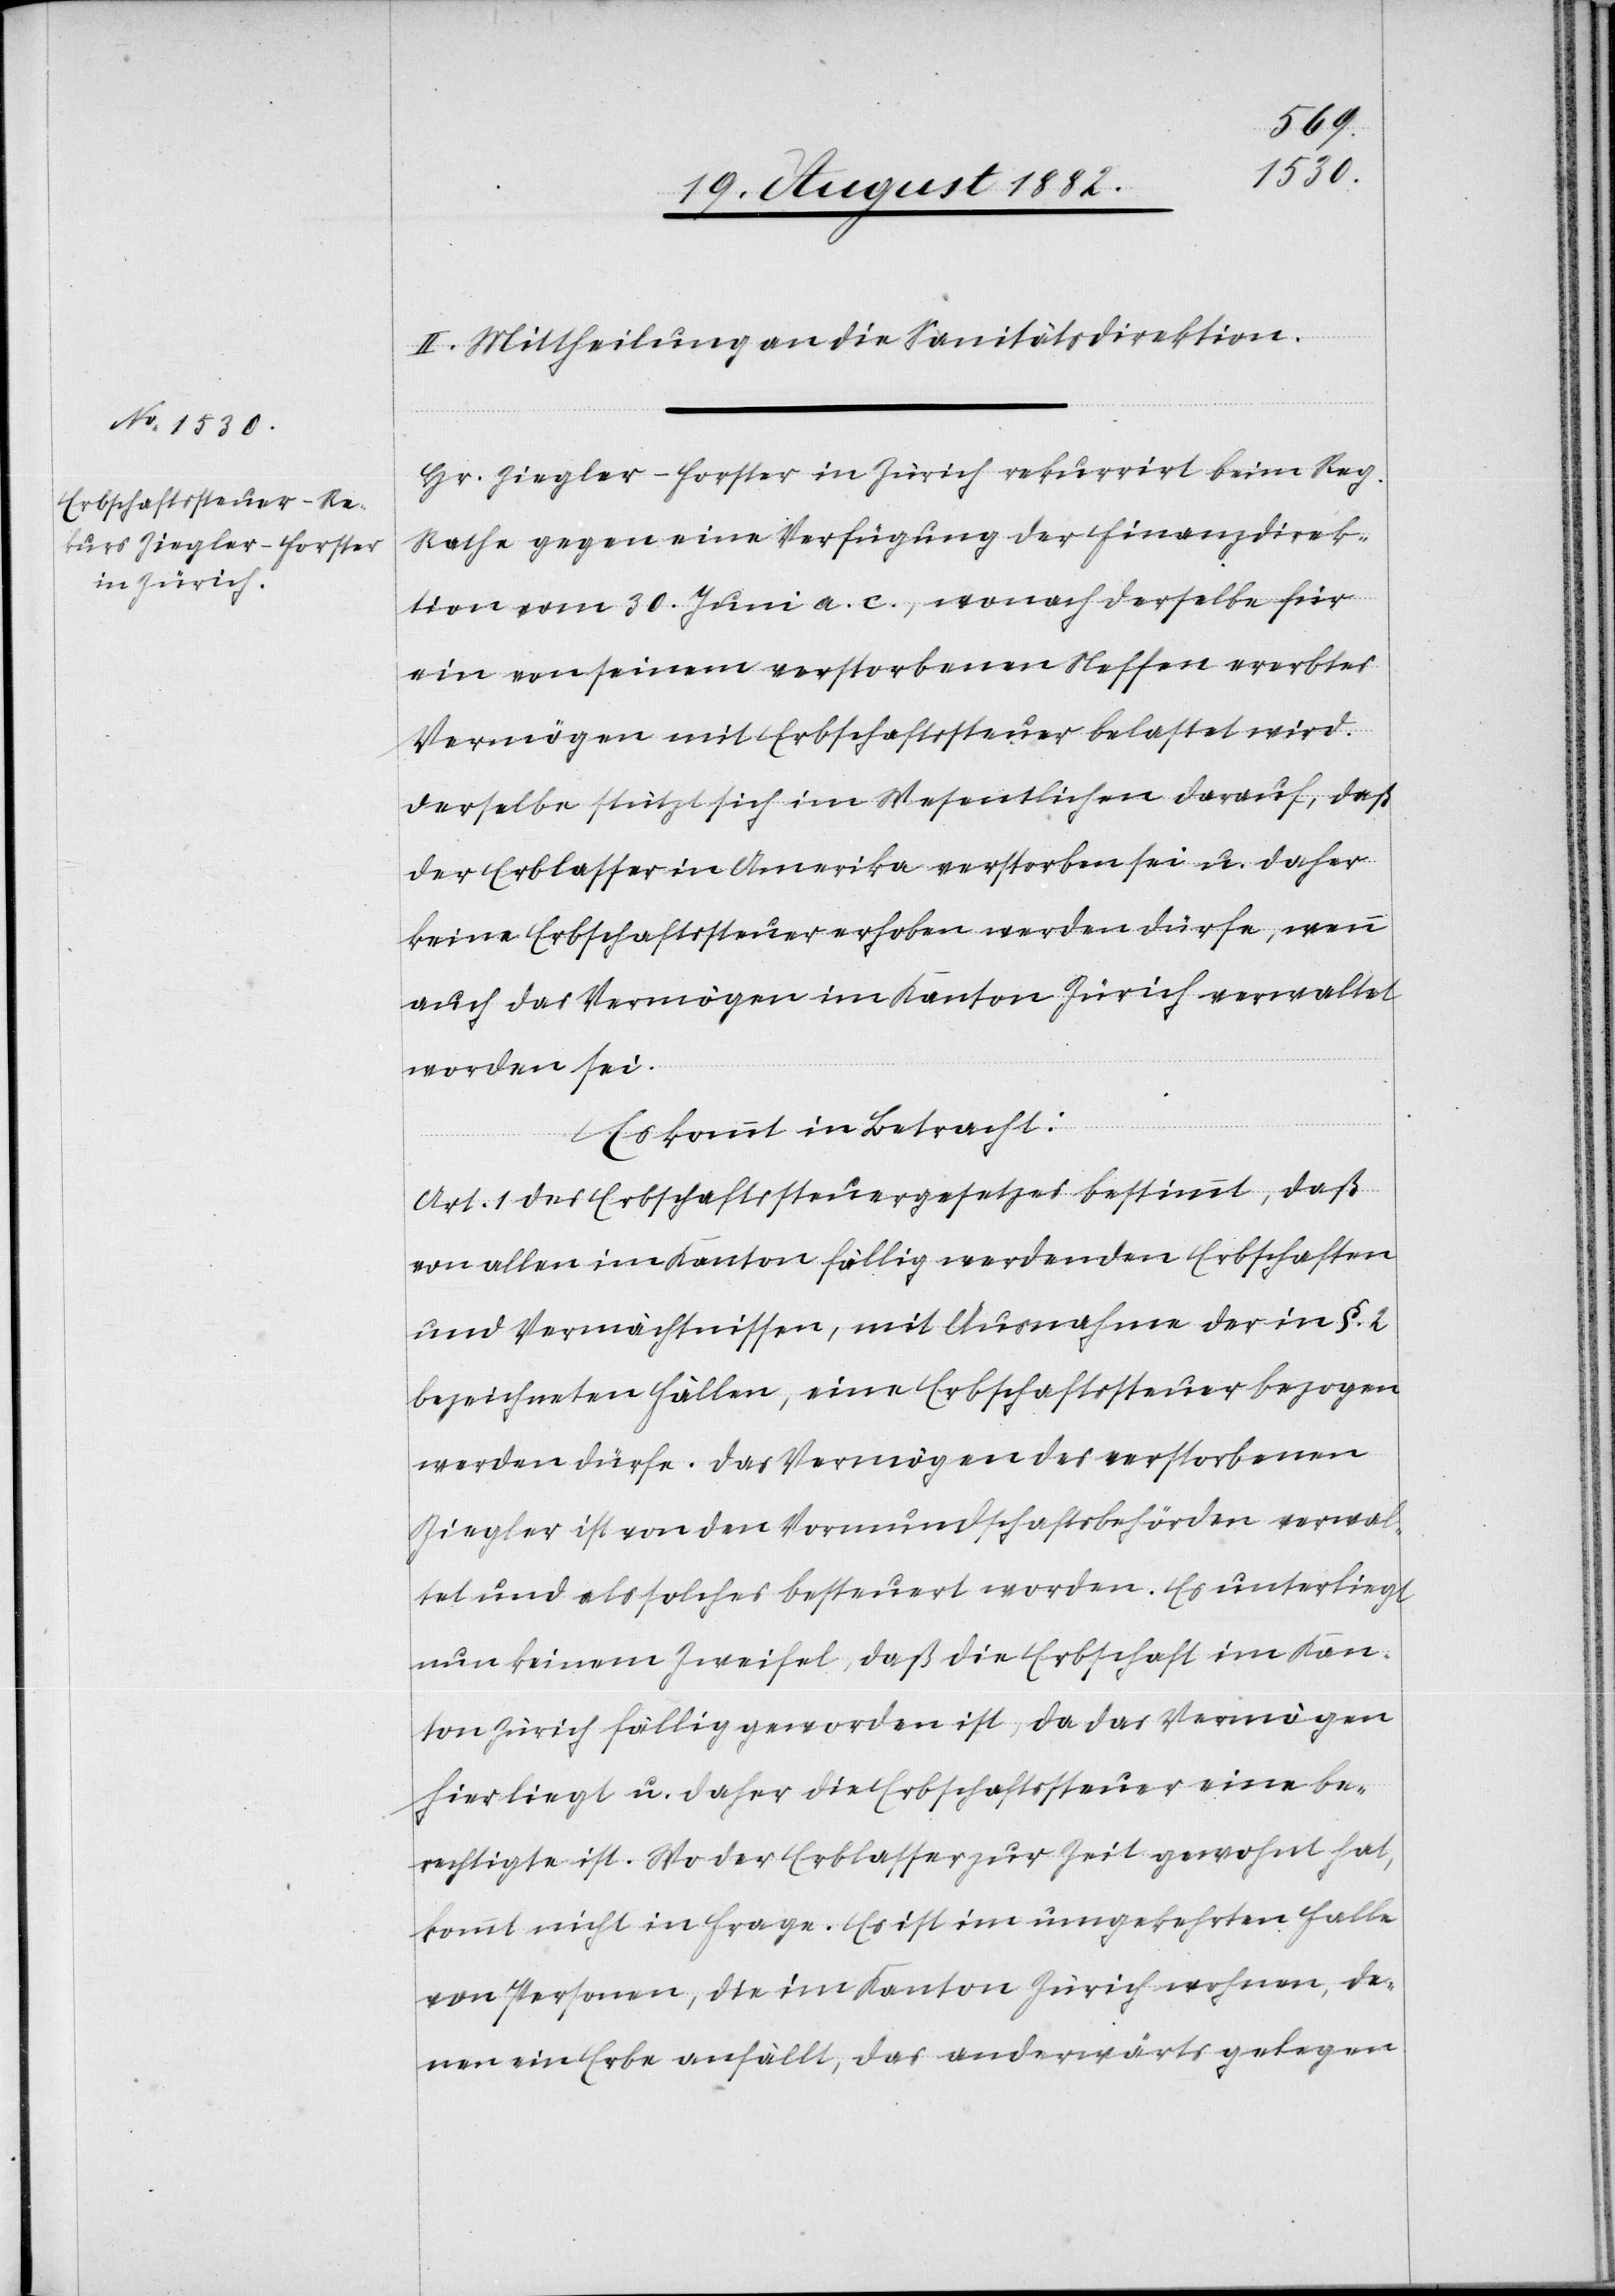
II. Mittheilung an die Sanitätsdirektion.
Hr. Ziegler-Forster in Zürich rekurrirt beim Reg.
Rathe gegen eine Verfügung der Finanzdirek¬
tion vom 30. Juni a. c., wonach derselbe für
ein von seinem verstorbenen Neffen ererbtes
Vermögen mit Erbschaftssteuer belastet wird.
Derselbe stützt sich im Wesentlichen darauf, daß
der Erblasser in Amerika verstorben sei u. daher
keine Erbschaftssteuer erhoben werden dürfe, wenn
auch das Vermögen im Kanton Zürich verwaltet
worden sei.
Es kommt in Betracht:
Art. 1 des Erbschaftssteuergesetzes bestimmt, daß
von allen im Kanton fällig werdenden Erbschaften
und Vermächtnissen, mit Ausnahme der in §. 2
bezeichneten Fällen, eine Erbschaftssteuer bezogen
werden dürfe. Das Vermögen des verstorbenen
Ziegler ist von den Vormundschaftsbehörden verwal¬
tet und als solches besteuert worden. Es unterliegt
nun keinem Zweifel, daß die Erbschaft im Kan¬
ton Zürich fällig geworden ist, da das Vermögen
hier liegt u. daher die Erbschaftssteuer eine ber¬
echtigte ist. Wo der Erblasser zur Zeit gewohnt hat,
kommt nicht in Frage. Es ist im umgekehrten Falle
von Personen, die im Kanton Zürich wohnen, de¬
nen ein Erbe anfällt, das anderwärts gelegen